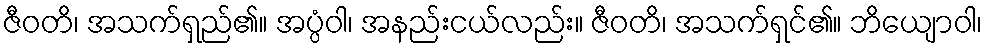
ဇီဝတိ၊ အသက်ရှည်၏။ အပ္ပံဝါ၊ အနည်းငယ်လည်း။ ဇီဝတိ၊ အသက်ရှင်၏။ ဘိယျောဝါ၊